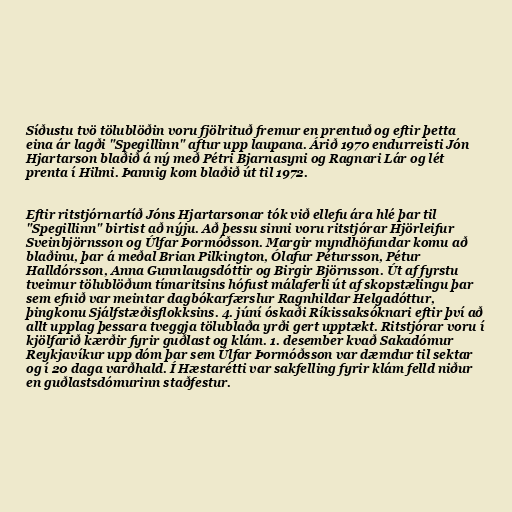
Síðustu tvö tölublöðin voru fjölrituð fremur en prentuð og eftir þetta
eina ár lagði "Spegillinn" aftur upp laupana. Árið 1970 endurreisti Jón
Hjartarson blaðið á ný með Pétri Bjarnasyni og Ragnari Lár og lét
prenta í Hilmi. Þannig kom blaðið út til 1972.

Eftir ritstjórnartíð Jóns Hjartarsonar tók við ellefu ára hlé þar til
"Spegillinn" birtist að nýju. Að þessu sinni voru ritstjórar Hjörleifur
Sveinbjörnsson og Úlfar Þormóðsson. Margir myndhöfundar komu að
blaðinu, þar á meðal Brian Pilkington, Ólafur Pétursson, Pétur
Halldórsson, Anna Gunnlaugsdóttir og Birgir Björnsson. Út af fyrstu
tveimur tölublöðum tímaritsins hófust málaferli út af skopstælingu þar
sem efnið var meintar dagbókarfærslur Ragnhildar Helgadóttur,
þingkonu Sjálfstæðisflokksins. 4. júní óskaði Ríkissaksóknari eftir því að
allt upplag þessara tveggja tölublaða yrði gert upptækt. Ritstjórar voru í
kjölfarið kærðir fyrir guðlast og klám. 1. desember kvað Sakadómur
Reykjavíkur upp dóm þar sem Úlfar Þormóðsson var dæmdur til sektar
og í 20 daga varðhald. Í Hæstarétti var sakfelling fyrir klám felld niður
en guðlastsdómurinn staðfestur.